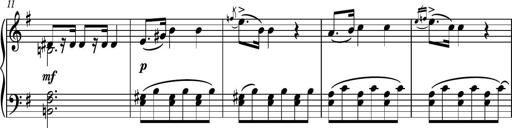
Title: Piano Sonatina No.7
Composer: Dimitri Sykias
Key: G major